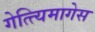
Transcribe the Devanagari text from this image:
गेत्त्यिमागेस